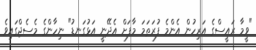
"ވީމާ ރައީސްގެ އަރިހުން އެންމެ ފުރަތަމަ މާފަށް އެދޭނީ އަޅުގަނޑު" ނިހާންގެ މެސެޖްގައިވެ